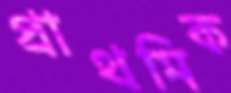
প্রাথমিক